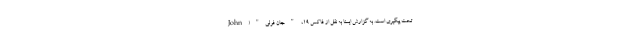
تحت پیگیری است. به گزارش ایسنا به نقل از فاکس ۱۹، "جان فولی"(John